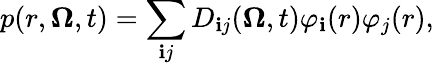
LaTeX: p(r,\boldsymbol{\Omega},t)=\sum_{\mathbf{i}j}D_{\mathbf{i}j}(\boldsymbol{\Omega},t)\varphi_{\mathbf{i}}(r)\varphi_{j}(r),